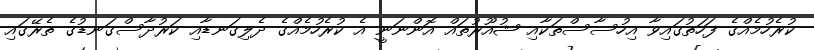
ކުރެހުމެއްގެ ފަހަތުގައިވާ އިހުސާސްތަކާއި ޝުއޫރުތައް އޮންނަނީ އެ ކުރެހުމެއްގެ ދެލިގަނޑާއި ކަރުދާސްގަނޑުގެ ތެރޭގައި